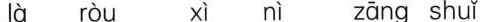
là ròu xì nì zāng shuǐ